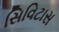
સિવિટાસ